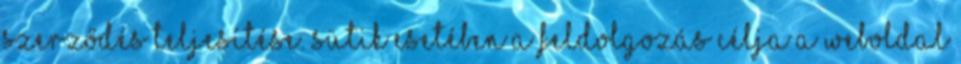
szerződés teljesítése. Sütik esetében a feldolgozás célja a weboldal